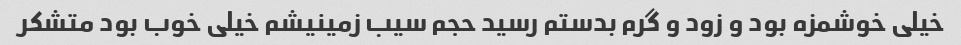
خیلی خوشمزه بود و زود و گرم بدستم رسید حجم سیب زمینیشم خیلی خوب بود متشکر